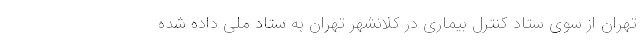
تهران از سوی ستاد کنترل بیماری در کلانشهر تهران به ستاد ملی داده شده